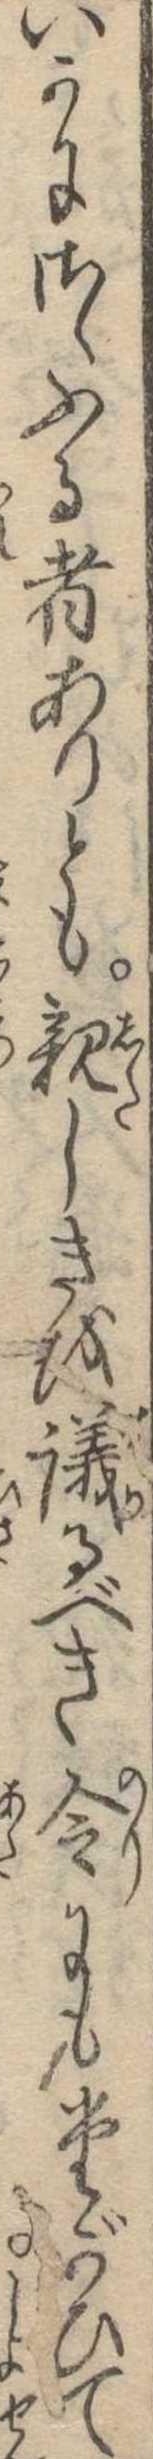
いかにさゝふる者ありとも親しきを議るべき令にもたがひて